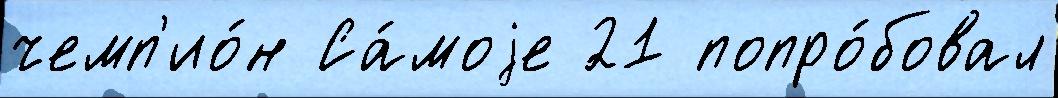
чемп'ио́н Са́моjе 21 попро́бовал